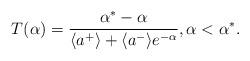
LaTeX: \begin{align*} T (\alpha) = \frac{\alpha^* - \alpha}{\langle{a}^{+}\rangle + \langle{a}^{-}\rangle e^{-\alpha}}, \alpha < \alpha^*.\end{align*}